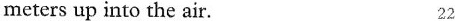
meters up into the air. 22